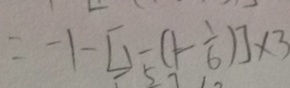
- 1 - [ 1 - ( 1 - \frac { 1 } { 6 } ) ] \times 3